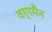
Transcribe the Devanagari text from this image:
वर्गमैन